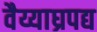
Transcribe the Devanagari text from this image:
वैय्याघ्रपद्य